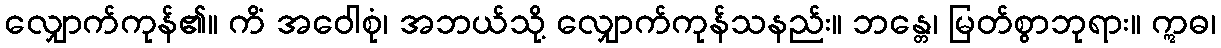
လျှောက်ကုန်၏။ ကိံ အဝေါစုံ၊ အဘယ်သို့ လျှောက်ကုန်သနည်း။ ဘန္တေ၊ မြတ်စွာဘုရား။ ဣဓ၊